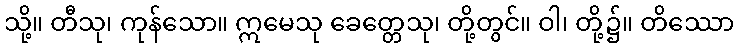
သို့။ တီသု၊ ကုန်သော။ ဣမေသု ခေတ္တေသု၊ တို့တွင်။ ဝါ၊ တို့၌။ တိဿော